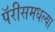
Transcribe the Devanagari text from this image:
पॅरीसमधल्या